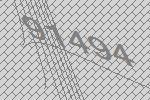
91494